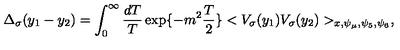
\Delta _ { \sigma } ( y _ { 1 } - y _ { 2 } ) = \int _ { 0 } ^ { \infty } \frac { d T } { T } \exp \{ - m ^ { 2 } \frac { T } { 2 } \} < V _ { \sigma } ( y _ { 1 } ) V _ { \sigma } ( y _ { 2 } ) > _ { x , \psi _ { \mu } , \psi _ { 5 } , \psi _ { 6 } } ,